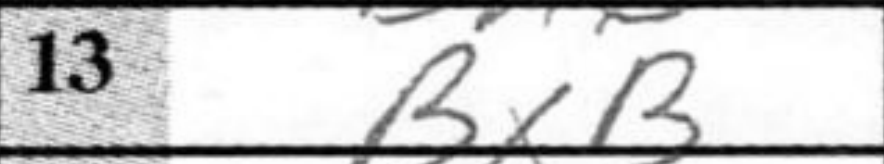
Transcription: BxB